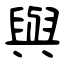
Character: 與